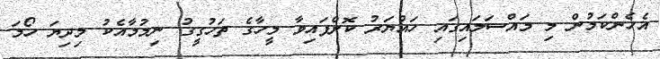
އެހެންކަމުން މި މައްސަލައިގައި ހައްޔަރު ކޮށްފައިވާ މީހާގެ ތަހުގީގު ނިމުމާއެކު މިދިޔަ ހޯމަ